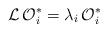
LaTeX: \begin{align*}{\cal L\,O}_{i}^{*}=\lambda _{i}{\cal \,O}_{i}^{*}\end{align*}